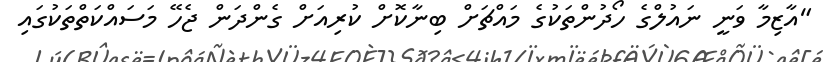
"އާޒިމާ ވަނީ ނައުލްގެ ހޯދުންތަކުގެ މައްޗަށް ބިނާކޮށް ކުރިއަށް ގެންދަން ޖެހޭ މަސައްކަތްތަކުގައި